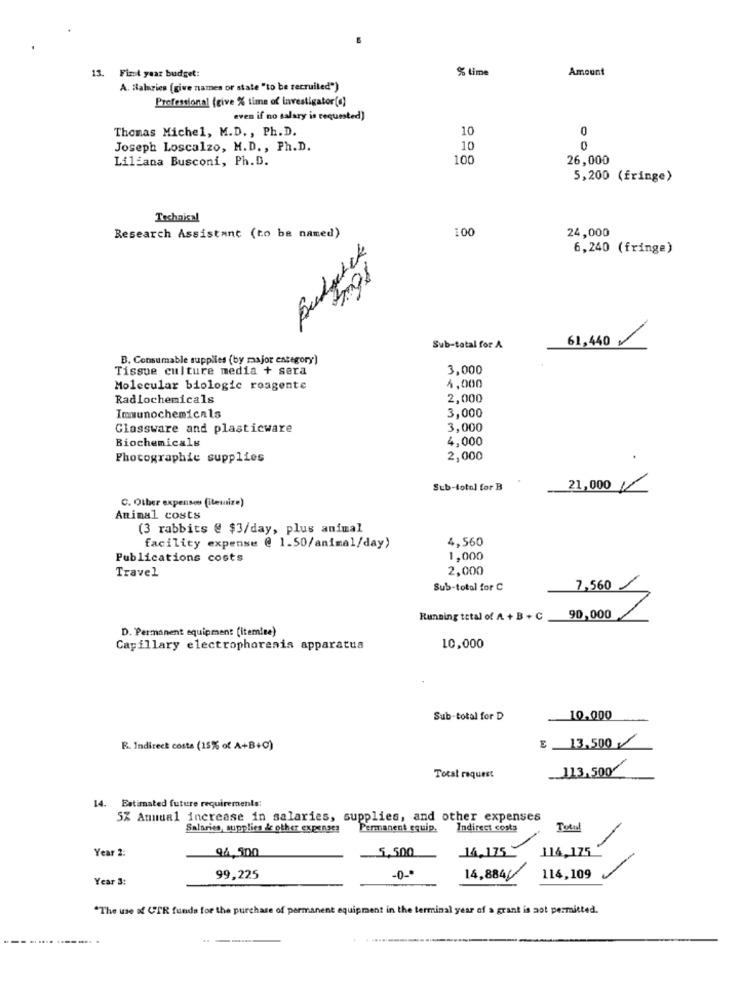
% Lime
Amount
13. First year budget:
A. Halurien (give names or state "to be recruited")
Professional (give % time of investigator(0)
even if no salary is requested)
Thomas Michel, M.D ., Ph.D.
10
0
Joseph Loscalzo, M.D ., Ph.D.
10
0
Liliana Busconi, Ph.D.
100
26,000
5,200 (fringe)
Technical
100
24,000
Research Assistant (to be named)
Budgetck
6,240 (fringe)
61,440
Sub-total for A
B. Consumable supplies (by major category)
Tissue culture media + sera
3,000
Molecular biologic roagente
4,000
Radlochemicals
2,000
Immunochemicals
3,000
Glassware and plasticware
3,000
4,000
Biochemicals
Photographie supplies
2,000
.
Sub-total for B
21,000/
C. Other expenses (itemsize)
Animal costs
(3 rabbits @ $3/day, plus animal
4,560
facility expense @ 1.50/animal/day)
Publications costs
1,000
Travel
2,000
Sub-total for C
7,560
Running total of A + B + C
90,000
D. "Permanent equipment [itemine)
Capillary electrophoresis apparatus
10,000
Sub-total for D
10,000
€ 13,500
R. Indirect costa (15% of A+B+C)
113,500
Total request
14. Estimated future requirements:
5% Annual increase in salaries, supplies, and other expenses
Salaries, supplies de other expenses
Permanent equip.
Indirect costs
Total
-
Year 2:
5,500
14,175
114,175
94,500
-
Year 3:
99,225
-0 -*
14,884//
114,109
"The use of UTR funds for the purchase of permanent equipment in the terminal year of a grant is not permitted.